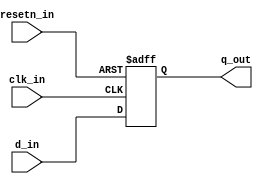
`timescale 1ns / 1ps
//////////////////////////////////////////////////////////////////////////////////
// Company: 
// Engineer: 
// 
// Design Name: 
// Module Name: dff
// Project Name: 
// Target Devices: 
// Tool Versions: 
// Description: 
// 
// Dependencies: 
// 
// Revision:
// Revision 0.01 - File Created
// Additional Comments:
// 
//////////////////////////////////////////////////////////////////////////////////

//Verilog code for data-type flip-flop with negative edge reset
module dff(d_in, clk_in, resetn_in, q_out);
    input d_in, clk_in, resetn_in;
    output reg q_out;
    
    always @ (posedge clk_in or negedge resetn_in) begin
    if(!resetn_in)
        q_out <= 1'b0;
    else
        q_out <= d_in;
    end // always
endmodule